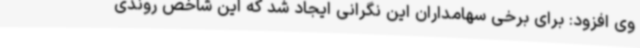
وی افزود: برای برخی سهامداران این نگرانی ایجاد شد که این شاخص روندی